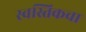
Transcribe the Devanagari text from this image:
स्वस्तिकचा